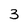
Character: 3